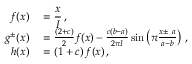
\begin{array} { r l } { f ( x ) } & { { } = \displaystyle { \frac { x } { I } } \, , } \\ { g ^ { \pm } ( x ) } & { { } = \frac { \left( 2 + c \right) } { 2 } f ( x ) - \frac { c \left( b - a \right) } { 2 \pi I } \sin \left( \pi \frac { x \pm \ a } { a - b } \right) \, , } \\ { h ( x ) } & { { } = \left( 1 + c \right) f ( x ) \, , } \end{array}